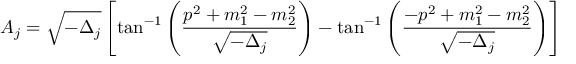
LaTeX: A _ { j } = \sqrt { - \Delta _ { j } } \left[ \tan ^ { - 1 } \left( \frac { p ^ { 2 } + m _ { 1 } ^ { 2 } - m _ { 2 } ^ { 2 } } { \sqrt { - \Delta _ { j } } } \right) - \tan ^ { - 1 } \left( \frac { - p ^ { 2 } + m _ { 1 } ^ { 2 } - m _ { 2 } ^ { 2 } } { \sqrt { - \Delta _ { j } } } \right) \right]